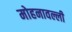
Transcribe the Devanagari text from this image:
मोहनावल्ली